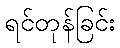
ရင်တုန်ခြင်း